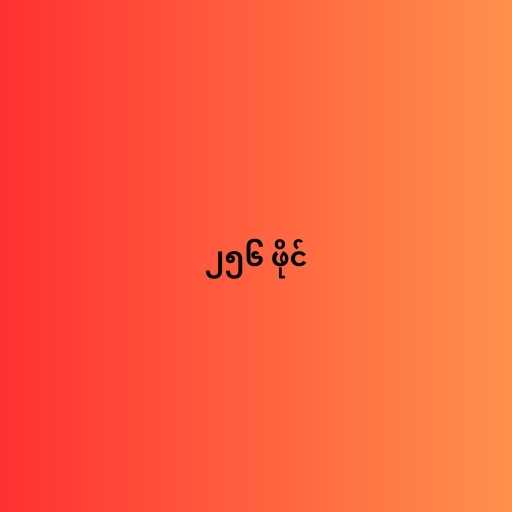
၂၅၆ ဖိုင်